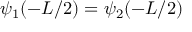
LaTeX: \psi _ { 1 } ( - L / 2 ) = \psi _ { 2 } ( - L / 2 ) \,